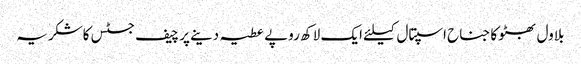
بلاول بھٹو کا جناح اسپتال کیلئے ایک لاکھ روپے عطیہ دینے پر چیف جسٹس کاشکریہ